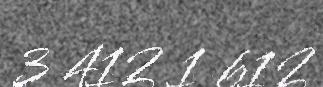
3 412 1 612